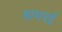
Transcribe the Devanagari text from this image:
धमरई